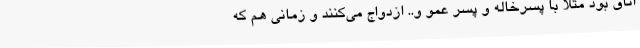
اتاق بود مثلا با پسرخاله و پسر عمو و.. ازدواج می‌کنند و زمانی هم که